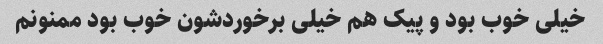
خیلی خوب بود و پیک هم خیلی برخوردشون خوب بود ممنونم